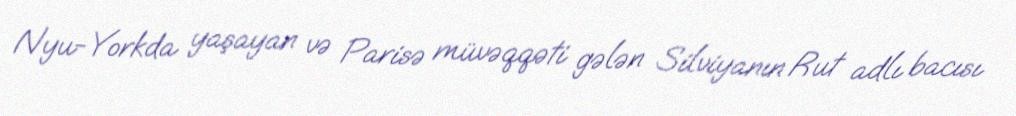
Nyu-Yorkda yaşayan və Parisə müvəqqəti gələn Silviyanın Rut adlı bacısı